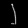
Digit: ၂